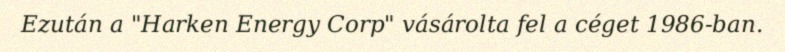
Ezután a "Harken Energy Corp" vásárolta fel a céget 1986-ban.